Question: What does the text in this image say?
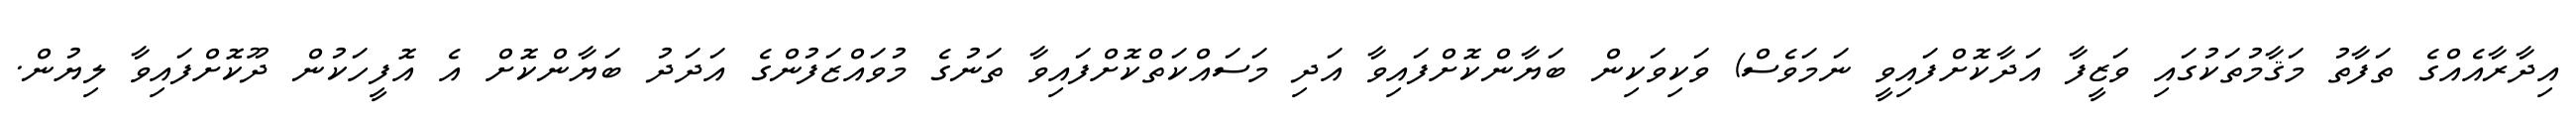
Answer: އިދާރާއެއްގެ ތަފާތު މަޤާމުތަކުގައި ވަޒީފާ އަދާކޮށްފައިވީ ނަމަވެސް) ވަކިވަކިން ބަޔާންކޮށްފައިވާ އަދި މަސައްކަތްކޮށްފައިވާ ތަނުގެ މުވައްޒަފުންގެ އަދަދު ބަޔާންކޮށް އެ އޮފީހަކުން ދޫކޮށްފައިވާ ލިޔުން.